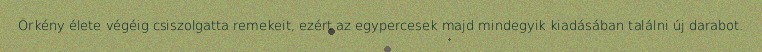
Örkény élete végéig csiszolgatta remekeit, ezért az egypercesek majd mindegyik kiadásában találni új darabot.